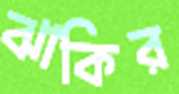
ঝাকির